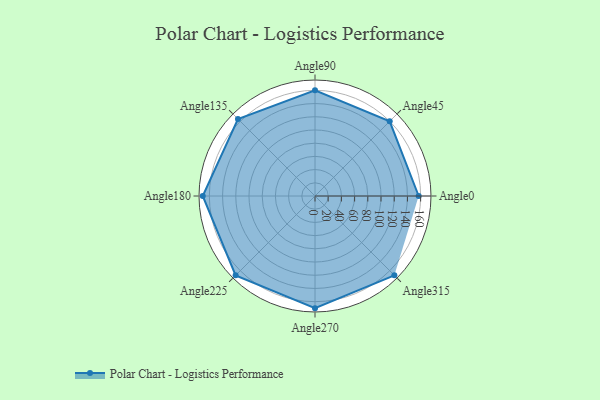
{"axis": {"x": "Angle", "y": "Radius"}, "legend": [""], "data": [{"x": "Angle0", "y": 157.0, "type": ""}, {"x": "Angle45", "y": 160.0, "type": ""}, {"x": "Angle90", "y": 160.0, "type": ""}, {"x": "Angle135", "y": 165.0, "type": ""}, {"x": "Angle180", "y": 170, "type": ""}, {"x": "Angle225", "y": 170, "type": ""}, {"x": "Angle270", "y": 170, "type": ""}, {"x": "Angle315", "y": 170, "type": ""}]}